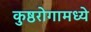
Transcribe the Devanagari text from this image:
कुष्ठरोगामध्ये